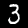
Label: 3